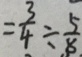
= \frac { 3 } { 4 } \div \frac { 5 } { 8 }